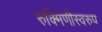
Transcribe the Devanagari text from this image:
रुक्मिणीस्वरुप